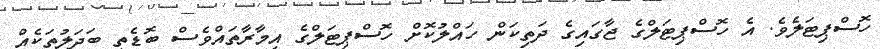
ހޮސްޕިޓަލެވެ. އެ ހޮސްޕިޓަލްގެ ޖާގައިގެ ދަތިކަން ހައްލުކޮށް ހޮސްޕިޓަލްގެ އިމާރާތައްވެސް ބޮޑެތި ބަދަލުތަކެއް